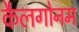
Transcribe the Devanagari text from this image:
कैलगोनम